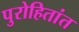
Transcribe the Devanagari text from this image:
पुरोहितांत